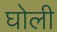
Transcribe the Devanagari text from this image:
घोली